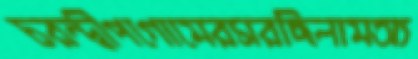
চরন্দ্বীপগোমেরসরছিলামঅ্য